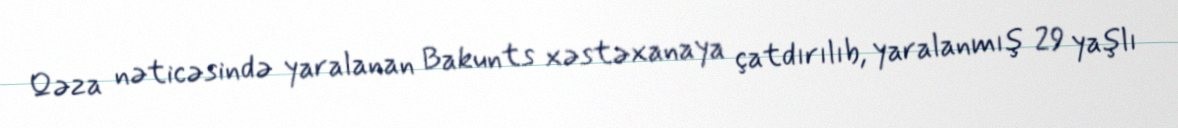
Qəza nəticəsində yaralanan Bakunts xəstəxanaya çatdırılıb, yaralanmış 29 yaşlı